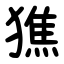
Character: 㺘